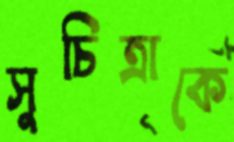
সুচিত্রাকে